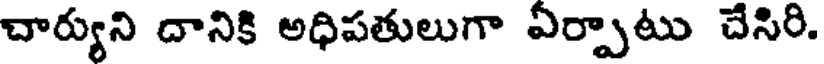
చార్యుని దానికి అధిపతులుగా ఏర్పాటు చేసిరి.